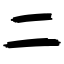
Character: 二